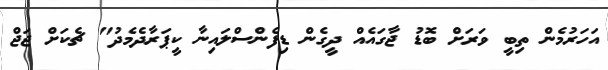
އަހަރުމެން ތިބީ ވަރަށް ބޮޑު ޖާގައެއް ދީގެން ޑިފެންސްލައިނާ ކީޕަރާދެމެދު" ޗެކަށް ޖަޖް